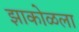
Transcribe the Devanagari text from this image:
झाकोळला